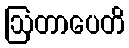
ဩတာပေတိ